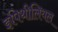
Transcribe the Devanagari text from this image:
इपिथीलियल